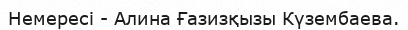
Немересі - Алина Ғазизқызы Күзембаева.